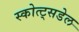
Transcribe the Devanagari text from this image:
स्कोत्ट्सडेल